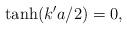
LaTeX: \begin{align*}\tanh(k'a/2)=0,\end{align*}